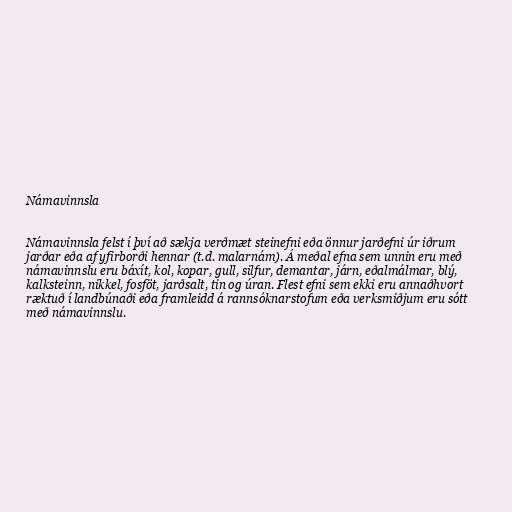
Námavinnsla

Námavinnsla felst í því að sækja verðmæt steinefni eða önnur jarðefni úr iðrum
jarðar eða af yfirborði hennar (t.d. malarnám). Á meðal efna sem unnin eru með
námavinnslu eru báxít, kol, kopar, gull, silfur, demantar, járn, eðalmálmar, blý,
kalksteinn, nikkel, fosföt, jarðsalt, tin og úran. Flest efni sem ekki eru annaðhvort
ræktuð í landbúnaði eða framleidd á rannsóknarstofum eða verksmiðjum eru sótt
með námavinnslu.